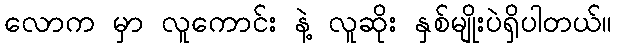
လောက မှာ လူကောင်း နဲ့ လူဆိုး နှစ်မျိုးပဲရှိပါတယ်။